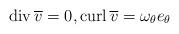
LaTeX: \begin{align*} {\rm div}\,\overline v=0,{\rm curl} \,\overline v=\omega_\theta e_\theta\end{align*}